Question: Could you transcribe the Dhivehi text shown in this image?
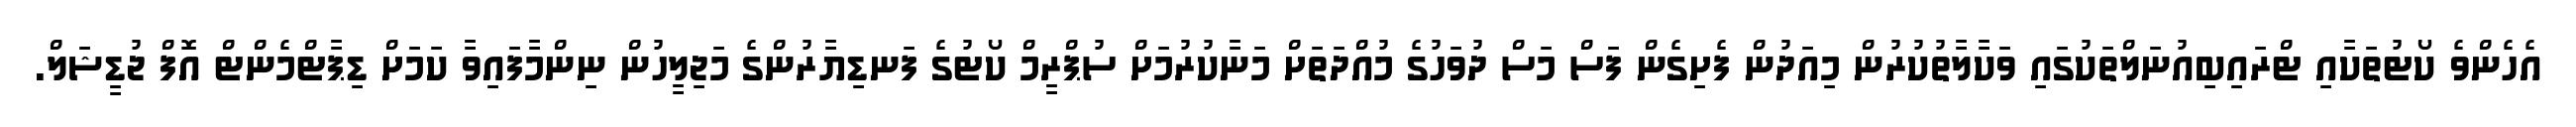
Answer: އެހެންވެ ކޯޓުތަކާއި ޓްރައިބިއުނަލްތަކުގައި ވަކާލާތުކުރުން މިއަދުން ފެށިގެން ފަސް މަސް ދުވަހުގެ މުއްދަތަށް މަނާކުރުމަށް ސުޕްރީމް ކޯޓުގެ ފަނޑިޔާރުންގެ މަޖިލީހުން ނިންމާފައިވާ ކަމަށް ޑިޕާޓްމެންޓް އޮފް ޖުޑީޝަލް.